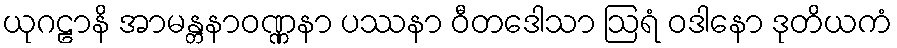
ယုဂဠာနိ အာမန္တနာဝဏ္ဏနာ ပဿနာ ဝီတဒေါသာ ဩရံ ဝဒါနော ဒုတိယကံ